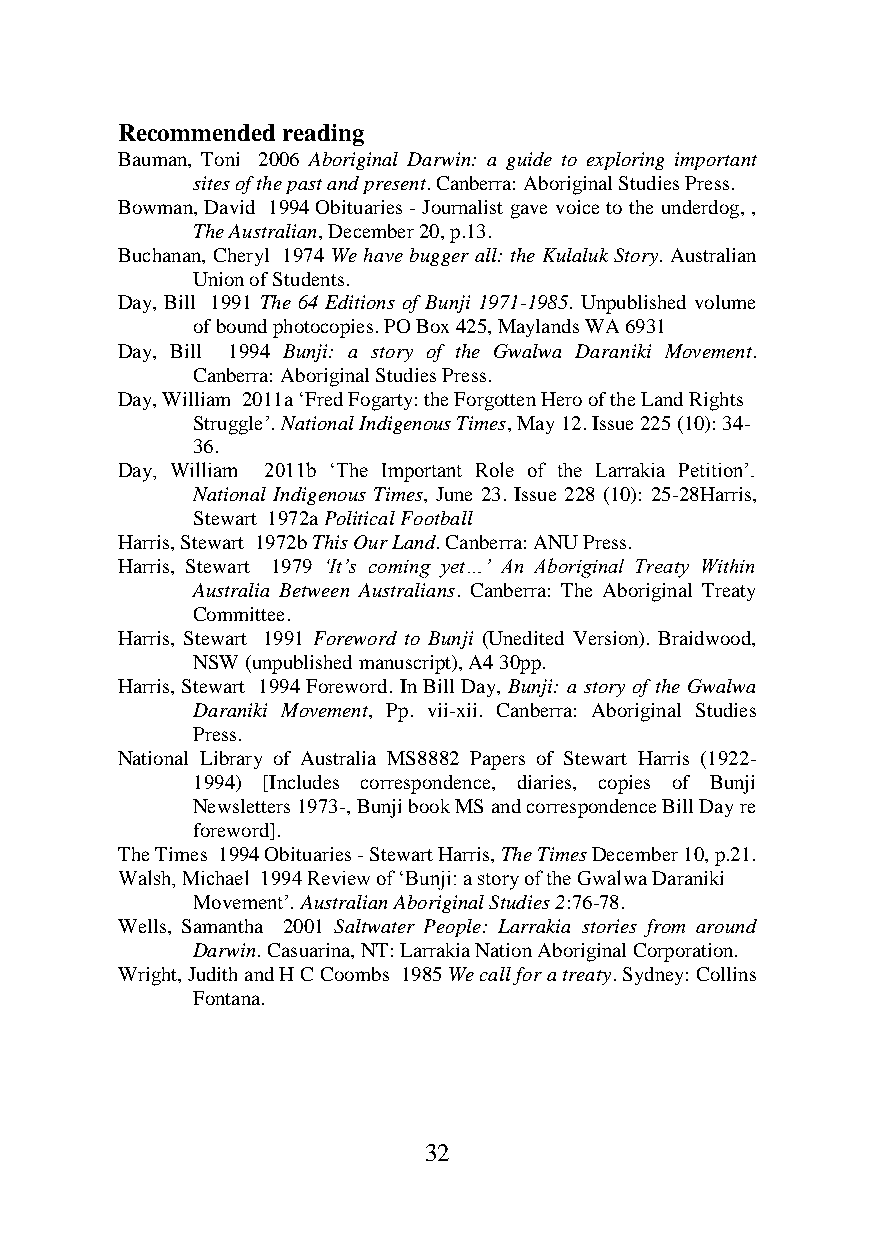
Recommended reading
 Bauman, Toni 2006 Aboriginal Darwin: a guide to exploring important
 sites of the past and present. Canberra: Aboriginal Studies Press.
 Bowman, David 1994 Obituaries - Journalist gave voice to the underdog, ,
 The Australian, December 20, p.13.
 Buchanan, Cheryl 1974 We have bugger all: the Kulaluk Story. Australian
 Union of Students.
 Day, Bill 1991 The 64 Editions of Bunji 1971-1985. Unpublished volume
 of bound photocopies. PO Box 425, Maylands WA 6931
 Day, Bill 1994 Bunji: a story of the Gwalwa Daraniki Movement.
 Canberra: Aboriginal Studies Press.
 Day, William 2011a ‘Fred Fogarty: the Forgotten Hero of the Land Rights
 Struggle’. National Indigenous Times, May 12. Issue 225 (10): 34-
 36.
 Day, William 2011b ‘The Important Role of the Larrakia Petition’.
 National Indigenous Times, June 23. Issue 228 (10): 25-28Harris,
 Stewart 1972a Political Football
 Harris, Stewart 1972b This Our Land. Canberra: ANU Press.
 Harris, Stewart 1979 ‘It’s coming yet…’ An Aboriginal Treaty Within
 Australia Between Australians. Canberra: The Aboriginal Treaty
 Committee.
 Harris, Stewart 1991 Foreword to Bunji (Unedited Version). Braidwood,
 NSW (unpublished manuscript), A4 30pp.
 Harris, Stewart 1994 Foreword. In Bill Day, Bunji: a story of the Gwalwa
 Daraniki Movement, Pp. vii-xii. Canberra: Aboriginal Studies
 Press.
 National Library of Australia MS8882 Papers of Stewart Harris (1922-
 1994) [Includes correspondence, diaries, copies of Bunji
 Newsletters 1973-, Bunji book MS and correspondence Bill Day re
 foreword].
 The Times 1994 Obituaries - Stewart Harris, The Times December 10, p.21.
 Walsh, Michael 1994 Review of ‘Bunji: a story of the Gwalwa Daraniki
 Movement’. Australian Aboriginal Studies 2:76-78.
 Wells, Samantha 2001 Saltwater People: Larrakia stories from around
 Darwin. Casuarina, NT: Larrakia Nation Aboriginal Corporation.
 Wright, Judith and H C Coombs 1985 We call for a treaty. Sydney: Collins
 Fontana.
 32